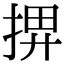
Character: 𢮅